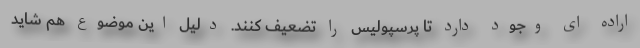
اراده ای وجود دارد تا پرسپولیس را تضعیف کنند. دلیل این موضوع هم شاید